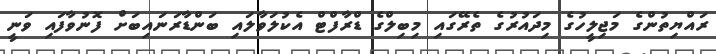
ރައްޔިތުންގެ މަޖިލީހުގެ މިދައުރުގެ ތެރޭގައި މިބިލްގެ ޑްރާފްޓް އެކުލަވާލައި ބަންޑާރަނައިބަށް ފޮނުވާފައި ވަނީ